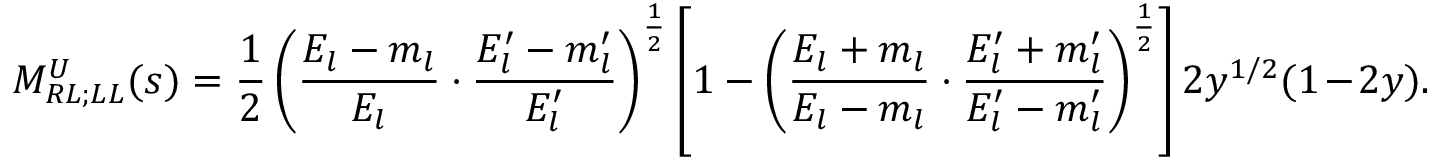
M _ { R L ; L L } ^ { U } ( s ) = \frac { 1 } { 2 } \left( \frac { E _ { l } - m _ { l } } { E _ { l } } \cdot \frac { E _ { l } ^ { \prime } - m _ { l } ^ { \prime } } { E _ { l } ^ { \prime } } \right) ^ { \frac { 1 } { 2 } } \left[ 1 - \left( \frac { E _ { l } + m _ { l } } { E _ { l } - m _ { l } } \cdot \frac { E _ { l } ^ { \prime } + m _ { l } ^ { \prime } } { E _ { l } ^ { \prime } - m _ { l } ^ { \prime } } \right) ^ { \frac { 1 } { 2 } } \right] 2 y ^ { 1 / 2 } ( 1 - 2 y ) .